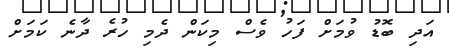
އަދި ބޮޑު ވުމަށް ފަހު ވެސް މިކަން ދެމި ހުރެ ދާނެ ކަމަށް